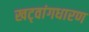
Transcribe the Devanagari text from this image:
खट्‌वांगधारण